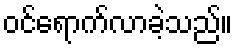
ဝင်ရောက်လာခဲ့သည်။